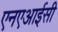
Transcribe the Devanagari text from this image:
एनएआईसी